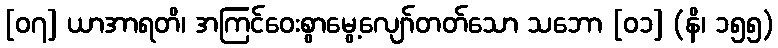
[၀၇] ယာအာရတိ၊ အကြင်ဝေးစွာမွေ့လျော်တတ်သော သဘော [၀၁] (နိ၊ ၁၅၅)